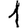
Digit: 1